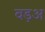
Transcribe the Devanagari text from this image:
वड़अ